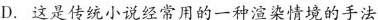
D. 这是传统小说经常用的一种染情境的手法